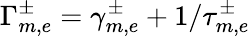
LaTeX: \Gamma_{m,e}^{\pm}=\gamma_{m,e}^{\pm}+1/\tau_{m,e}^{\pm}